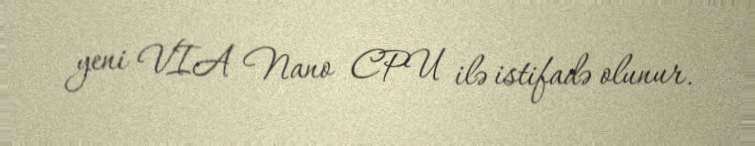
yeni VIA Nano CPU ilə istifadə olunur.